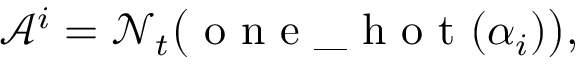
\mathcal { A } ^ { i } = \mathcal { N } _ { t } \big ( \mathrm { ~ o ~ n ~ e ~ \textunderscore ~ h ~ o ~ t ~ } ( \alpha _ { i } ) \big ) ,